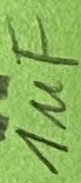
Text: 1µF